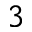
^ 3